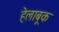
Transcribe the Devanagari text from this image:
हेलाबूक